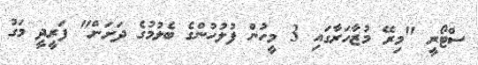
ސްޓޯރީ "މިރޭ މުޒާހަރާގައި 3 މީހުން ފުލުހުންގެ ބެލުމުގެ ދަށަށް" ފަރީދީ މަގު